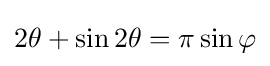
2\theta +\sin 2\theta =\pi \sin \varphi